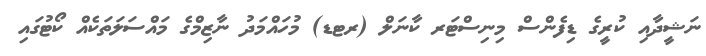
ނަޝީދާއި ކުރީގެ ޑިފެންސް މިނިސްޓަރ ކާނަލް (ރޓޑ) މުހައްމަދު ނާޒިމްގެ މައްސަލަތަކެއް ކޯޓުގައި